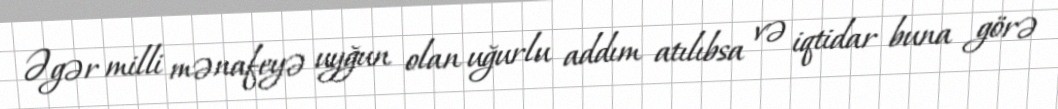
Əgər milli mənafeyə uyğun olan uğurlu addım atılıbsa və iqtidar buna görə